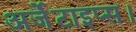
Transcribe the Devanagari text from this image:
अर्जेंटाइप्स।